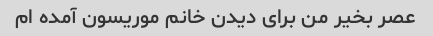
عصر بخیر من برای دیدن خانم موریسون آمده ام